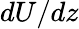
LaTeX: dU/dz